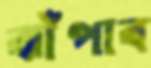
ঝাঁপাব